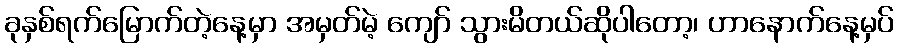
ခုနှစ်ရက်မြောက်တဲ့နေ့မှာ အမှတ်မဲ့ ကျော် သွားမိတယ်ဆိုပါတော့၊ ဟာနောက်နေ့မှပ်